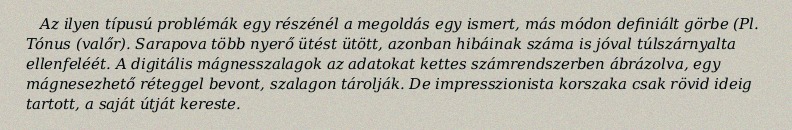
Az ilyen típusú problémák egy részénél a megoldás egy ismert, más módon definiált görbe (Pl. Tónus (valőr). Sarapova több nyerő ütést ütött, azonban hibáinak száma is jóval túlszárnyalta ellenfeléét. A digitális mágnesszalagok az adatokat kettes számrendszerben ábrázolva, egy mágnesezhető réteggel bevont, szalagon tárolják. De impresszionista korszaka csak rövid ideig tartott, a saját útját kereste.